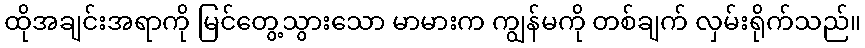
ထိုအချင်းအရာကို မြင်တွေ့သွားသော မာမားက ကျွန်မကို တစ်ချက် လှမ်းရိုက်သည်။